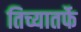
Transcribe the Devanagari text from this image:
तिच्यातर्फे